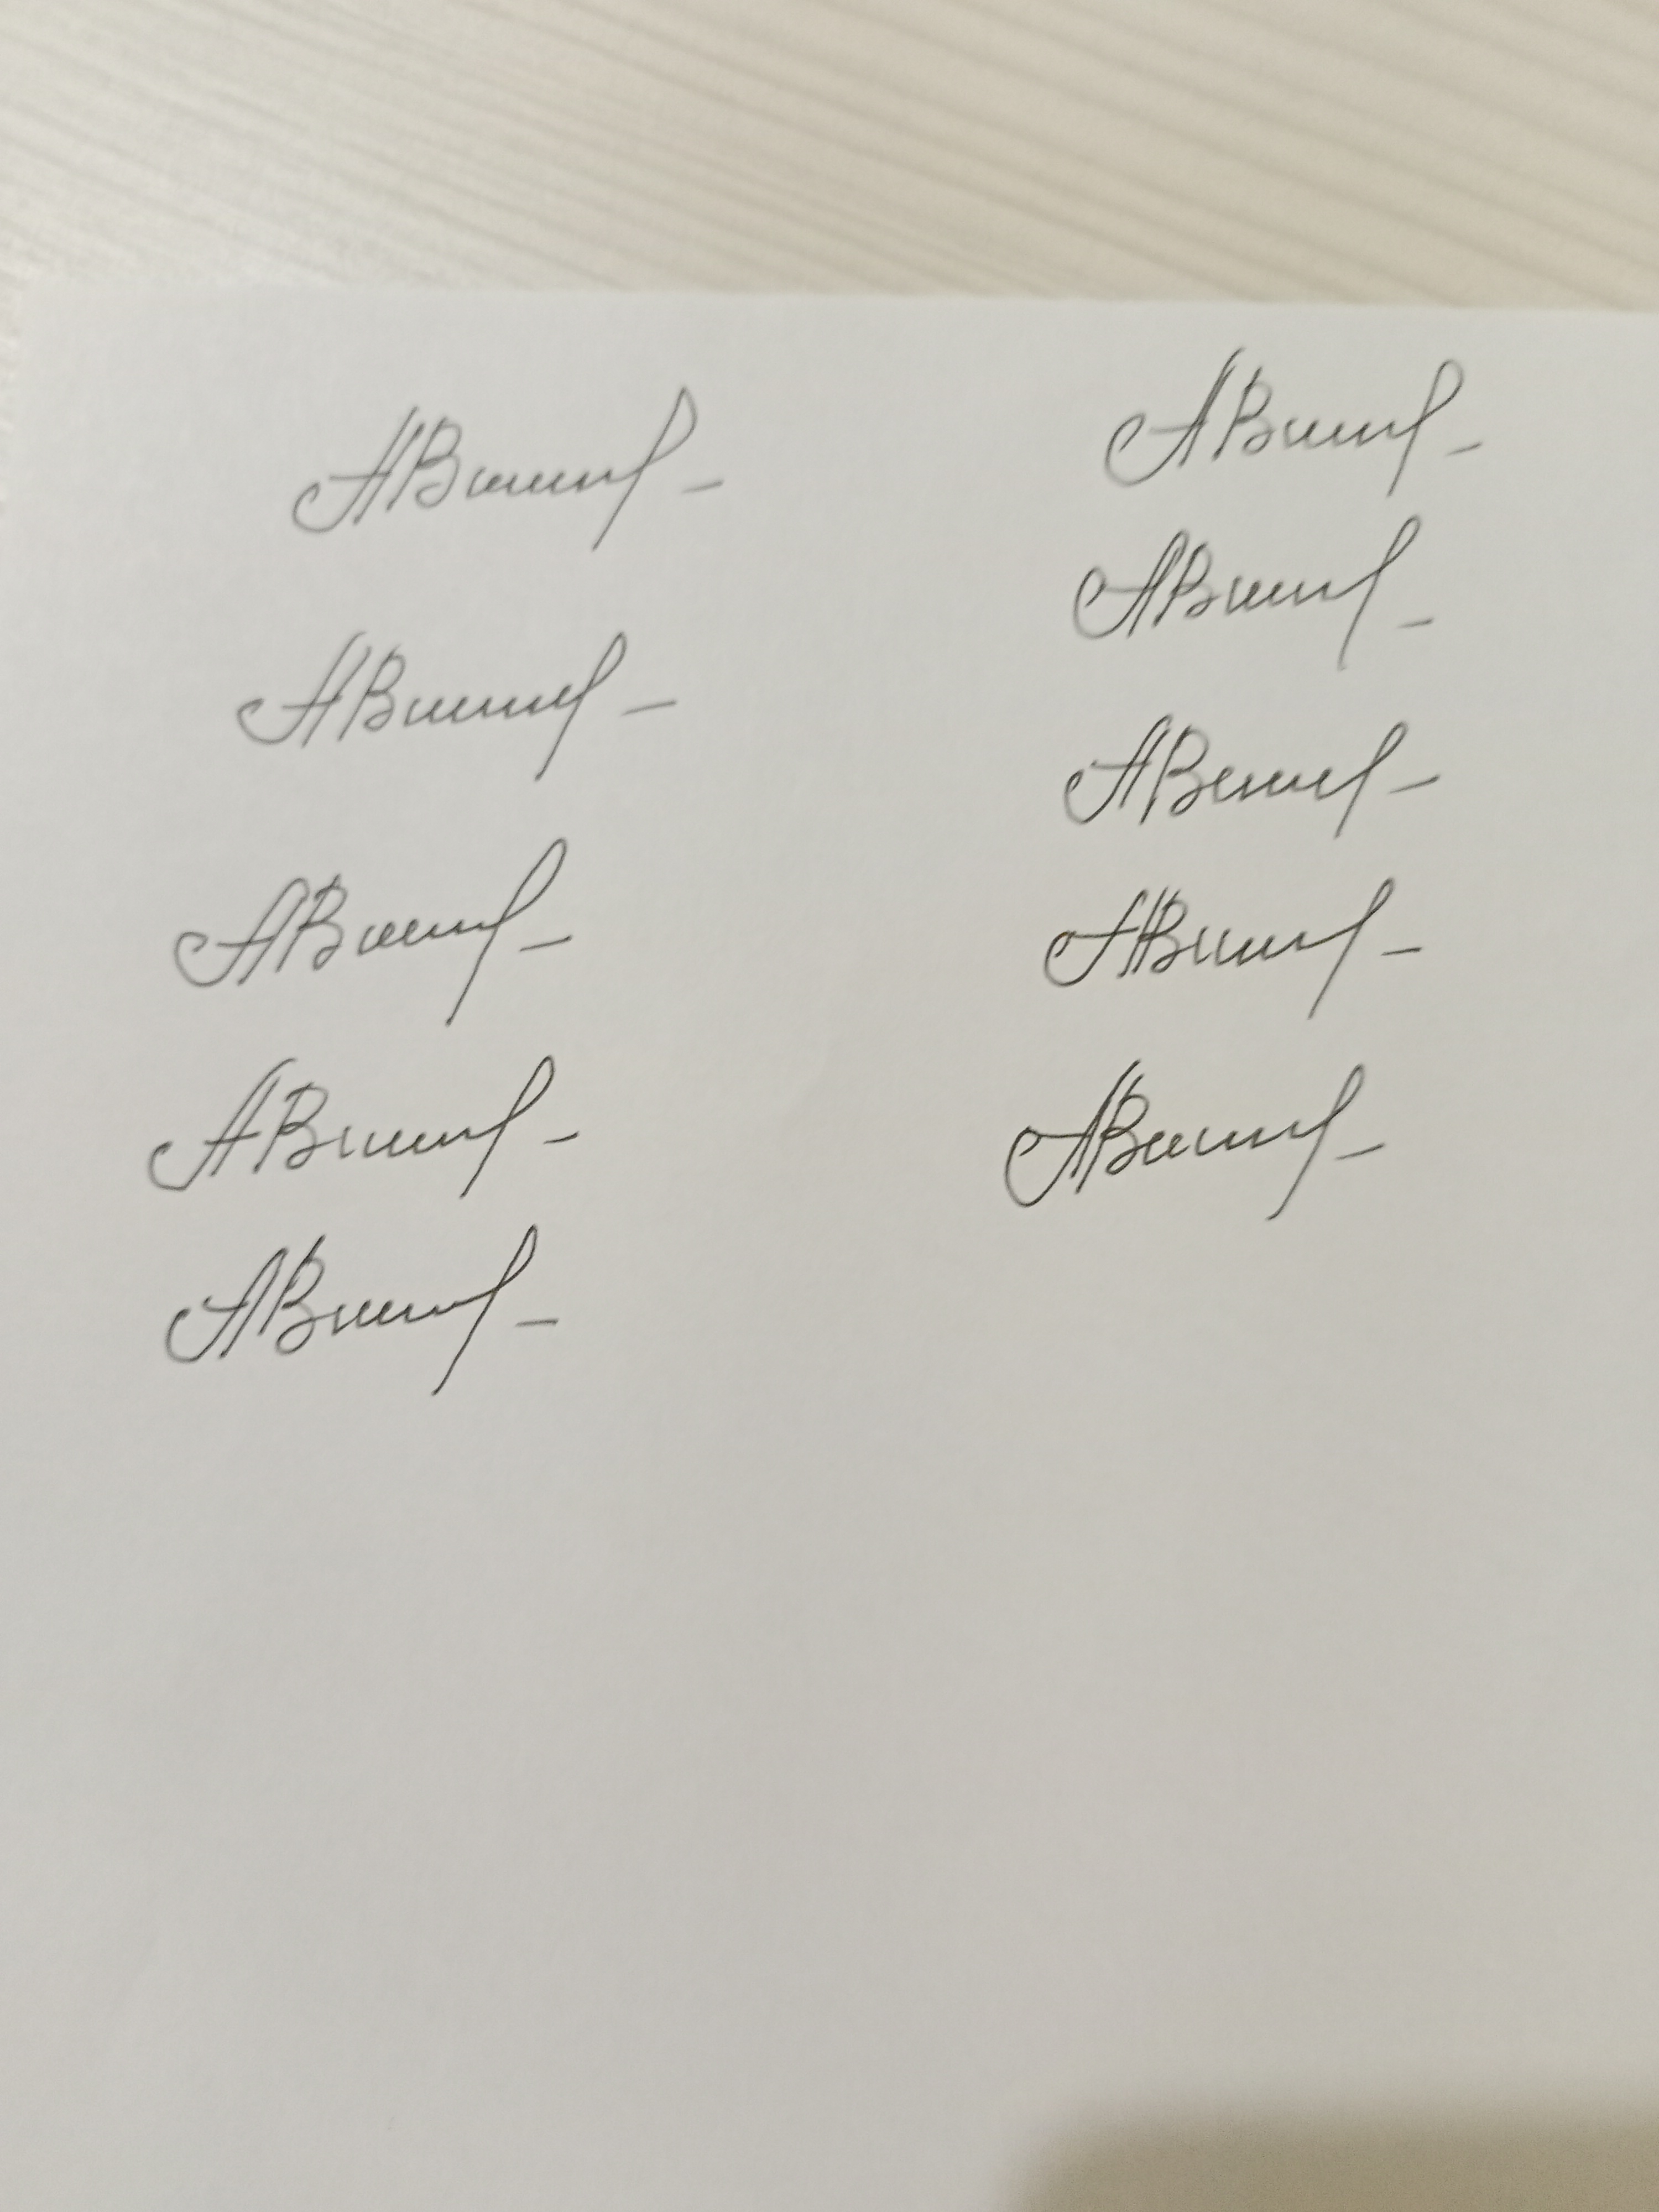
Signature authenticity: genuine